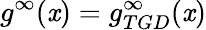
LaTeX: g^{\infty}(\mathit{x})=g_{TGD}^{\infty}(\mathit{x})